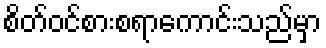
စိတ်ဝင်စားစရာကောင်းသည်မှာ